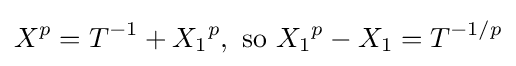
X^{p}=T^{-1}+{X_{1}}^{p},{\text{ so }}{X_{1}}^{p}-X_{1}=T^{-1/p}